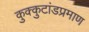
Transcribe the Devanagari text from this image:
कुक्कुटांडप्रमाण